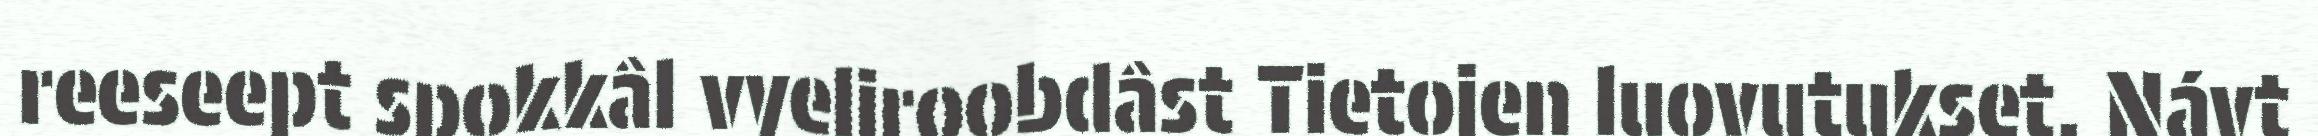
reeseept spokkâl vyeliroobdâst Tietojen luovutukset. Návt